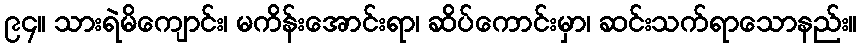
၉၄။ သားရဲမိကျောင်း၊ မကိန်းအောင်းရာ၊ ဆိပ်ကောင်းမှာ၊ ဆင်းသက်ရာသောနည်း။